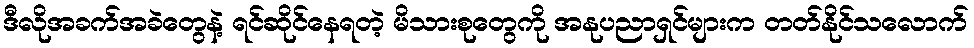
ဒီလိုအခက်အခဲတွေနဲ့ ရင်ဆိုင်နေရတဲ့ မိသားစုတွေကို အနုပညာရှင်များက တတ်နိုင်သလောက်